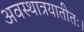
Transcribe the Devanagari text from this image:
अवस्थात्रयातीतः।